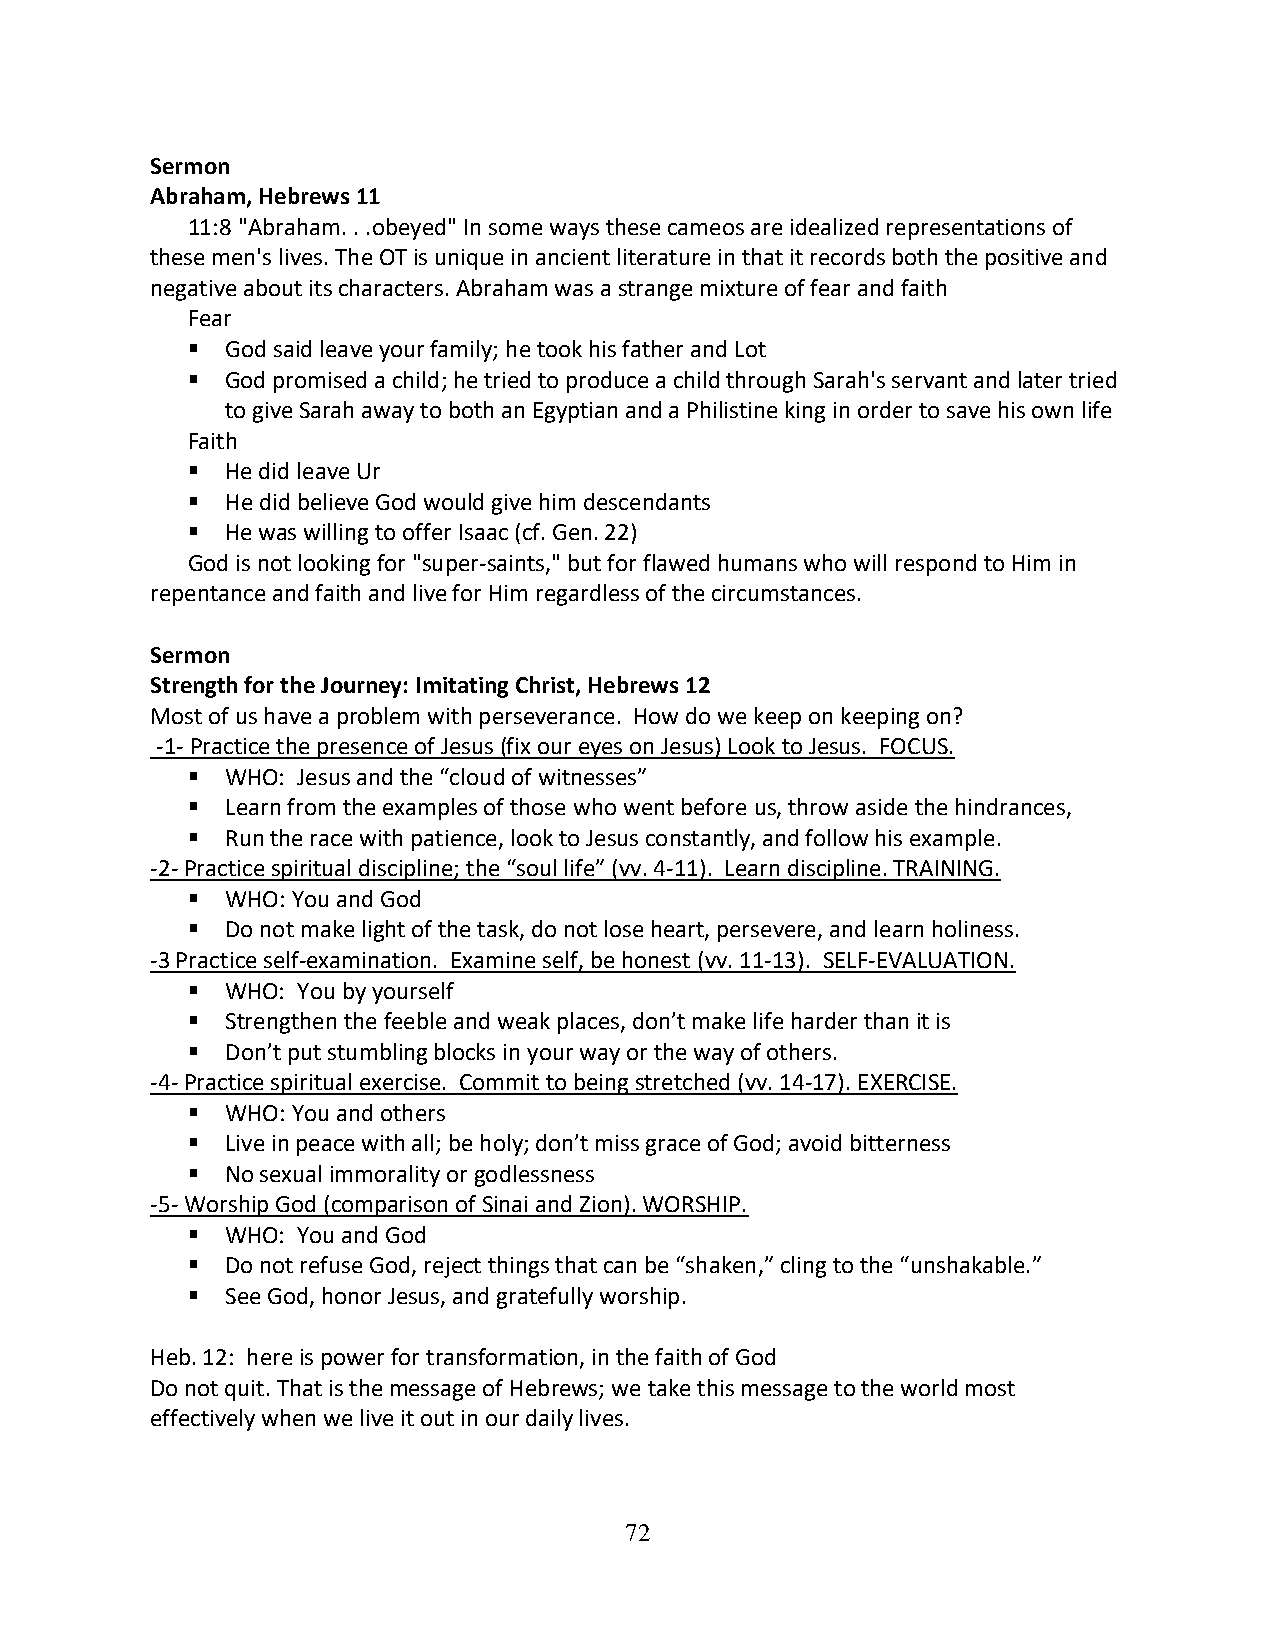
Sermon
 Abraham, Hebrews 11
 11:8 "Abraham. . .obeyed" In some ways these cameos are idealized representations of
 these men's lives. The OT is unique in ancient literature in that it records both the positive and
 negative about its characters. Abraham was a strange mixture of fear and faith
 Fear
 ▪  God said leave your family; he took his father and Lot
 ▪  God promised a child; he tried to produce a child through Sarah's servant and later tried
 to give Sarah away to both an Egyptian and a Philistine king in order to save his own life
 Faith
 ▪  He did leave Ur
 ▪  He did believe God would give him descendants
 ▪  He was willing to offer Isaac (cf. Gen. 22)
 God is not looking for "super-saints," but for flawed humans who will respond to Him in
 repentance and faith and live for Him regardless of the circumstances.
 Sermon
 Strength for the Journey: Imitating Christ, Hebrews 12
 Most of us have a problem with perseverance. How do we keep on keeping on?
 -1- Practice the presence of Jesus (fix our eyes on Jesus) Look to Jesus. FOCUS.
 ▪  WHO: Jesus and the “cloud of witnesses”
 ▪  Learn from the examples of those who went before us, throw aside the hindrances,
 ▪  Run the race with patience, look to Jesus constantly, and follow his example.
 -2- Practice spiritual discipline; the “soul life” (vv. 4-11). Learn discipline. TRAINING.
 ▪  WHO: You and God
 ▪  Do not make light of the task, do not lose heart, persevere, and learn holiness.
 -3 Practice self-examination. Examine self, be honest (vv. 11-13). SELF-EVALUATION.
 ▪  WHO: You by yourself
 ▪  Strengthen the feeble and weak places, don’t make life harder than it is
 ▪  Don’t put stumbling blocks in your way or the way of others.
 -4- Practice spiritual exercise. Commit to being stretched (vv. 14-17). EXERCISE.
 ▪  WHO: You and others
 ▪  Live in peace with all; be holy; don’t miss grace of God; avoid bitterness
 ▪  No sexual immorality or godlessness
 -5- Worship God (comparison of Sinai and Zion). WORSHIP.
 ▪  WHO: You and God
 ▪  Do not refuse God, reject things that can be “shaken,” cling to the “unshakable.”
 ▪  See God, honor Jesus, and gratefully worship.
 Heb. 12: here is power for transformation, in the faith of God
 Do not quit. That is the message of Hebrews; we take this message to the world most
 effectively when we live it out in our daily lives.
 72